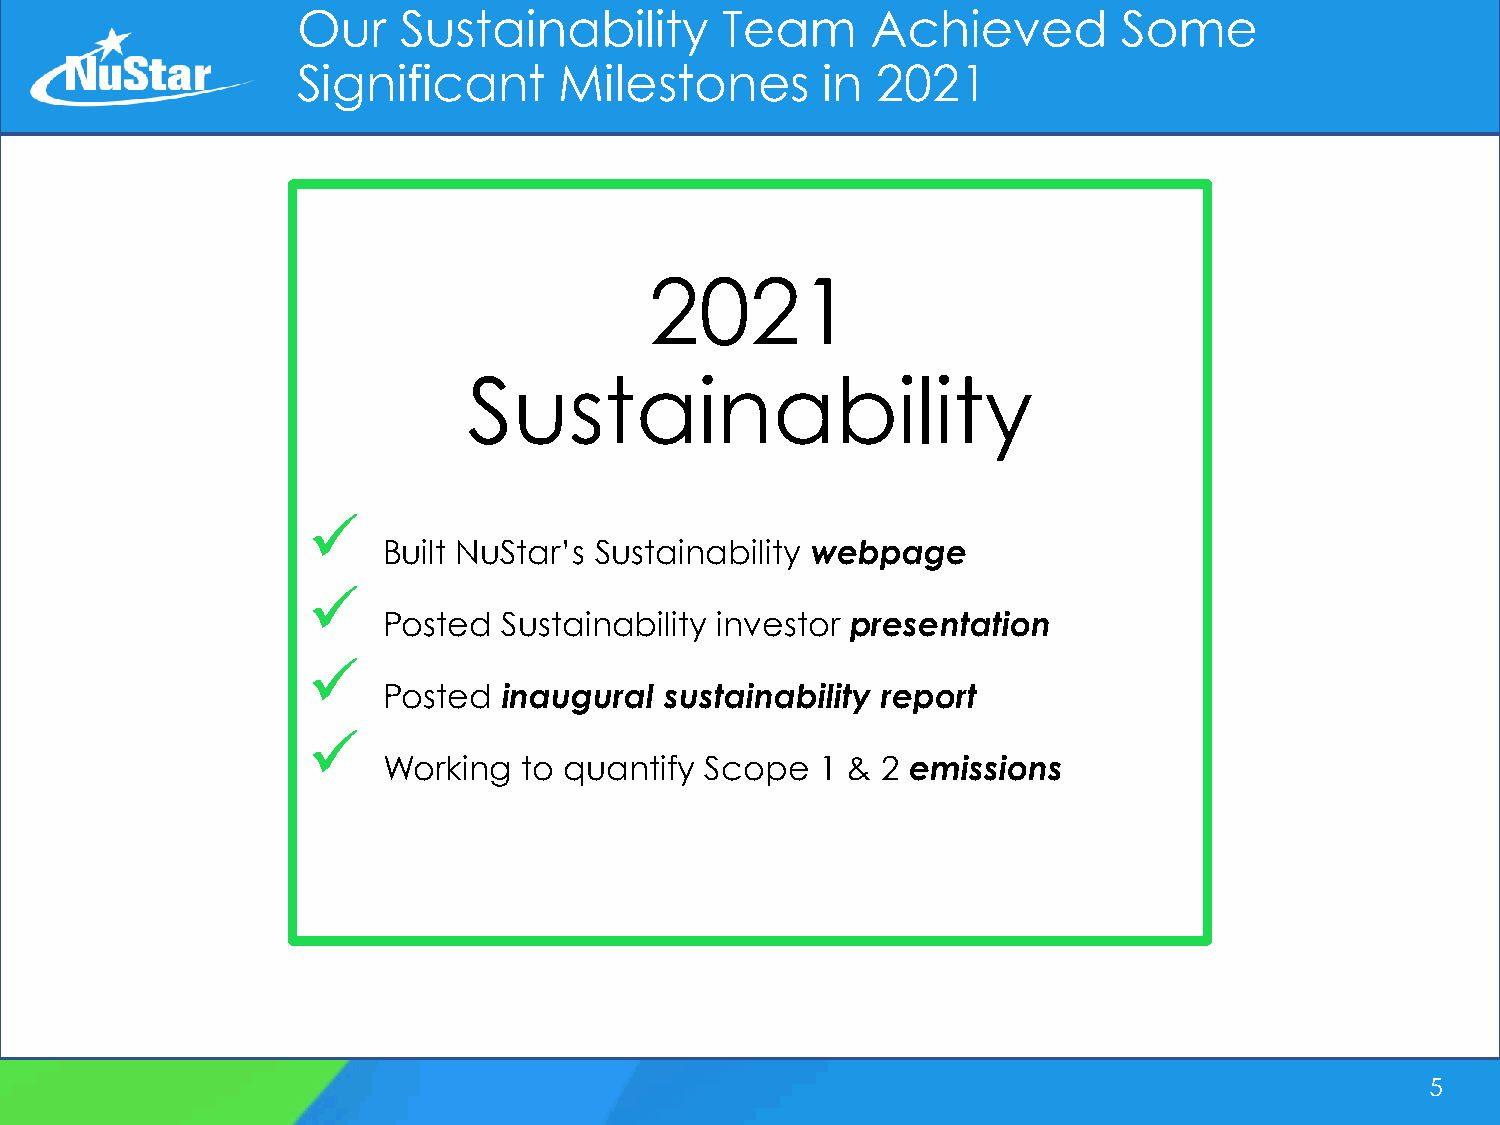
Our   Sustainability        Team      Achieved        Some
 Significant      Milestones       in  2021
 2021
 Sustainability
 ✓
 Built NuStar’s Sustainability webpage
 ✓
 Posted  Sustainability investor presentation
 ✓
 Posted  inaugural  sustainability report
 ✓
 Working   to quantify Scope  1 & 2 emissions
 5